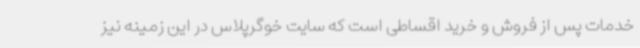
خدمات پس از فروش و خرید اقساطی است که سایت خوگرپلاس در این زمینه نیز